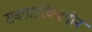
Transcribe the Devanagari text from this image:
सबडाइरेक्श्योन